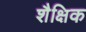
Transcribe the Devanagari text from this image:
शैक्षिक